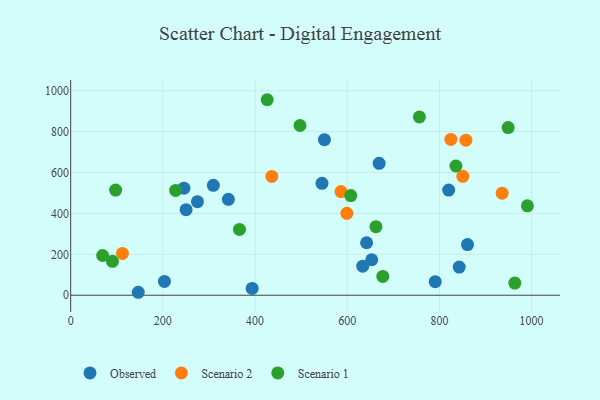
{"axis": {"x": "Study Hours", "y": "Sales"}, "legend": ["Observed", "Scenario 1", "Scenario 2"], "data": [{"x": "393.7", "y": 33.5, "type": "Observed"}, {"x": "545.2", "y": 547.0, "type": "Observed"}, {"x": "550.5", "y": 760.2, "type": "Observed"}, {"x": "275.0", "y": 457.3, "type": "Observed"}, {"x": "146.6", "y": 14.5, "type": "Observed"}, {"x": "820.1", "y": 514.0, "type": "Observed"}, {"x": "633.6", "y": 142.2, "type": "Observed"}, {"x": "669.2", "y": 644.6, "type": "Observed"}, {"x": "342.1", "y": 469.0, "type": "Observed"}, {"x": "653.1", "y": 173.4, "type": "Observed"}, {"x": "842.9", "y": 137.6, "type": "Observed"}, {"x": "790.9", "y": 66.4, "type": "Observed"}, {"x": "642.0", "y": 256.7, "type": "Observed"}, {"x": "860.9", "y": 247.6, "type": "Observed"}, {"x": "309.5", "y": 537.2, "type": "Observed"}, {"x": "245.7", "y": 523.4, "type": "Observed"}, {"x": "250.4", "y": 418.1, "type": "Observed"}, {"x": "203.4", "y": 67.4, "type": "Observed"}, {"x": "857.5", "y": 758.0, "type": "Scenario 2"}, {"x": "112.2", "y": 204.5, "type": "Scenario 2"}, {"x": "436.3", "y": 581.0, "type": "Scenario 2"}, {"x": "936.1", "y": 498.8, "type": "Scenario 2"}, {"x": "850.7", "y": 581.3, "type": "Scenario 2"}, {"x": "599.1", "y": 400.4, "type": "Scenario 2"}, {"x": "586.5", "y": 506.8, "type": "Scenario 2"}, {"x": "824.8", "y": 761.6, "type": "Scenario 2"}, {"x": "497.5", "y": 829.7, "type": "Scenario 1"}, {"x": "662.3", "y": 335.3, "type": "Scenario 1"}, {"x": "963.6", "y": 59.7, "type": "Scenario 1"}, {"x": "756.6", "y": 871.7, "type": "Scenario 1"}, {"x": "990.8", "y": 437.0, "type": "Scenario 1"}, {"x": "366.2", "y": 321.5, "type": "Scenario 1"}, {"x": "835.8", "y": 631.7, "type": "Scenario 1"}, {"x": "677.2", "y": 92.1, "type": "Scenario 1"}, {"x": "97.5", "y": 513.9, "type": "Scenario 1"}, {"x": "426.3", "y": 955.7, "type": "Scenario 1"}, {"x": "227.7", "y": 512.3, "type": "Scenario 1"}, {"x": "90.6", "y": 166.0, "type": "Scenario 1"}, {"x": "949.1", "y": 819.4, "type": "Scenario 1"}, {"x": "607.6", "y": 487.4, "type": "Scenario 1"}, {"x": "69.3", "y": 194.3, "type": "Scenario 1"}]}